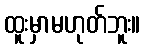
ထူးမှာမဟုတ်ဘူး။